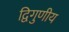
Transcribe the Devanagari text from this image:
द्विगुणीय